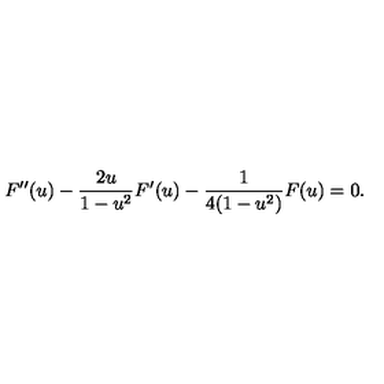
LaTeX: F ^ { \prime \prime } ( u ) - \frac { 2 u } { 1 - u ^ { 2 } } F ^ { \prime } ( u ) - \frac { 1 } { 4 ( 1 - u ^ { 2 } ) } F ( u ) = 0 .